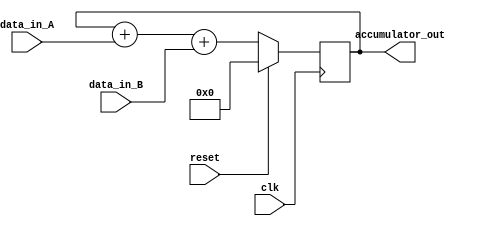
module parallel_accumulator (
    input wire clk,
    input wire reset,
    input wire [7:0] data_in_A,
    input wire [7:0] data_in_B,
    output wire [7:0] accumulator_out
);

reg [7:0] accumulator_reg;

always @(posedge clk) begin
    if (reset) begin
        accumulator_reg <= 8'b0;
    end else begin
        accumulator_reg <= accumulator_reg + data_in_A + data_in_B;
    end
end

assign accumulator_out = accumulator_reg;

endmodule